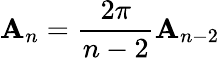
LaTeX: \mathbf{A}_{n}={\frac{{2\pi}}{{n-2}}}\mathbf{A}_{n-2}